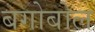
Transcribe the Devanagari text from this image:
बगोबोल